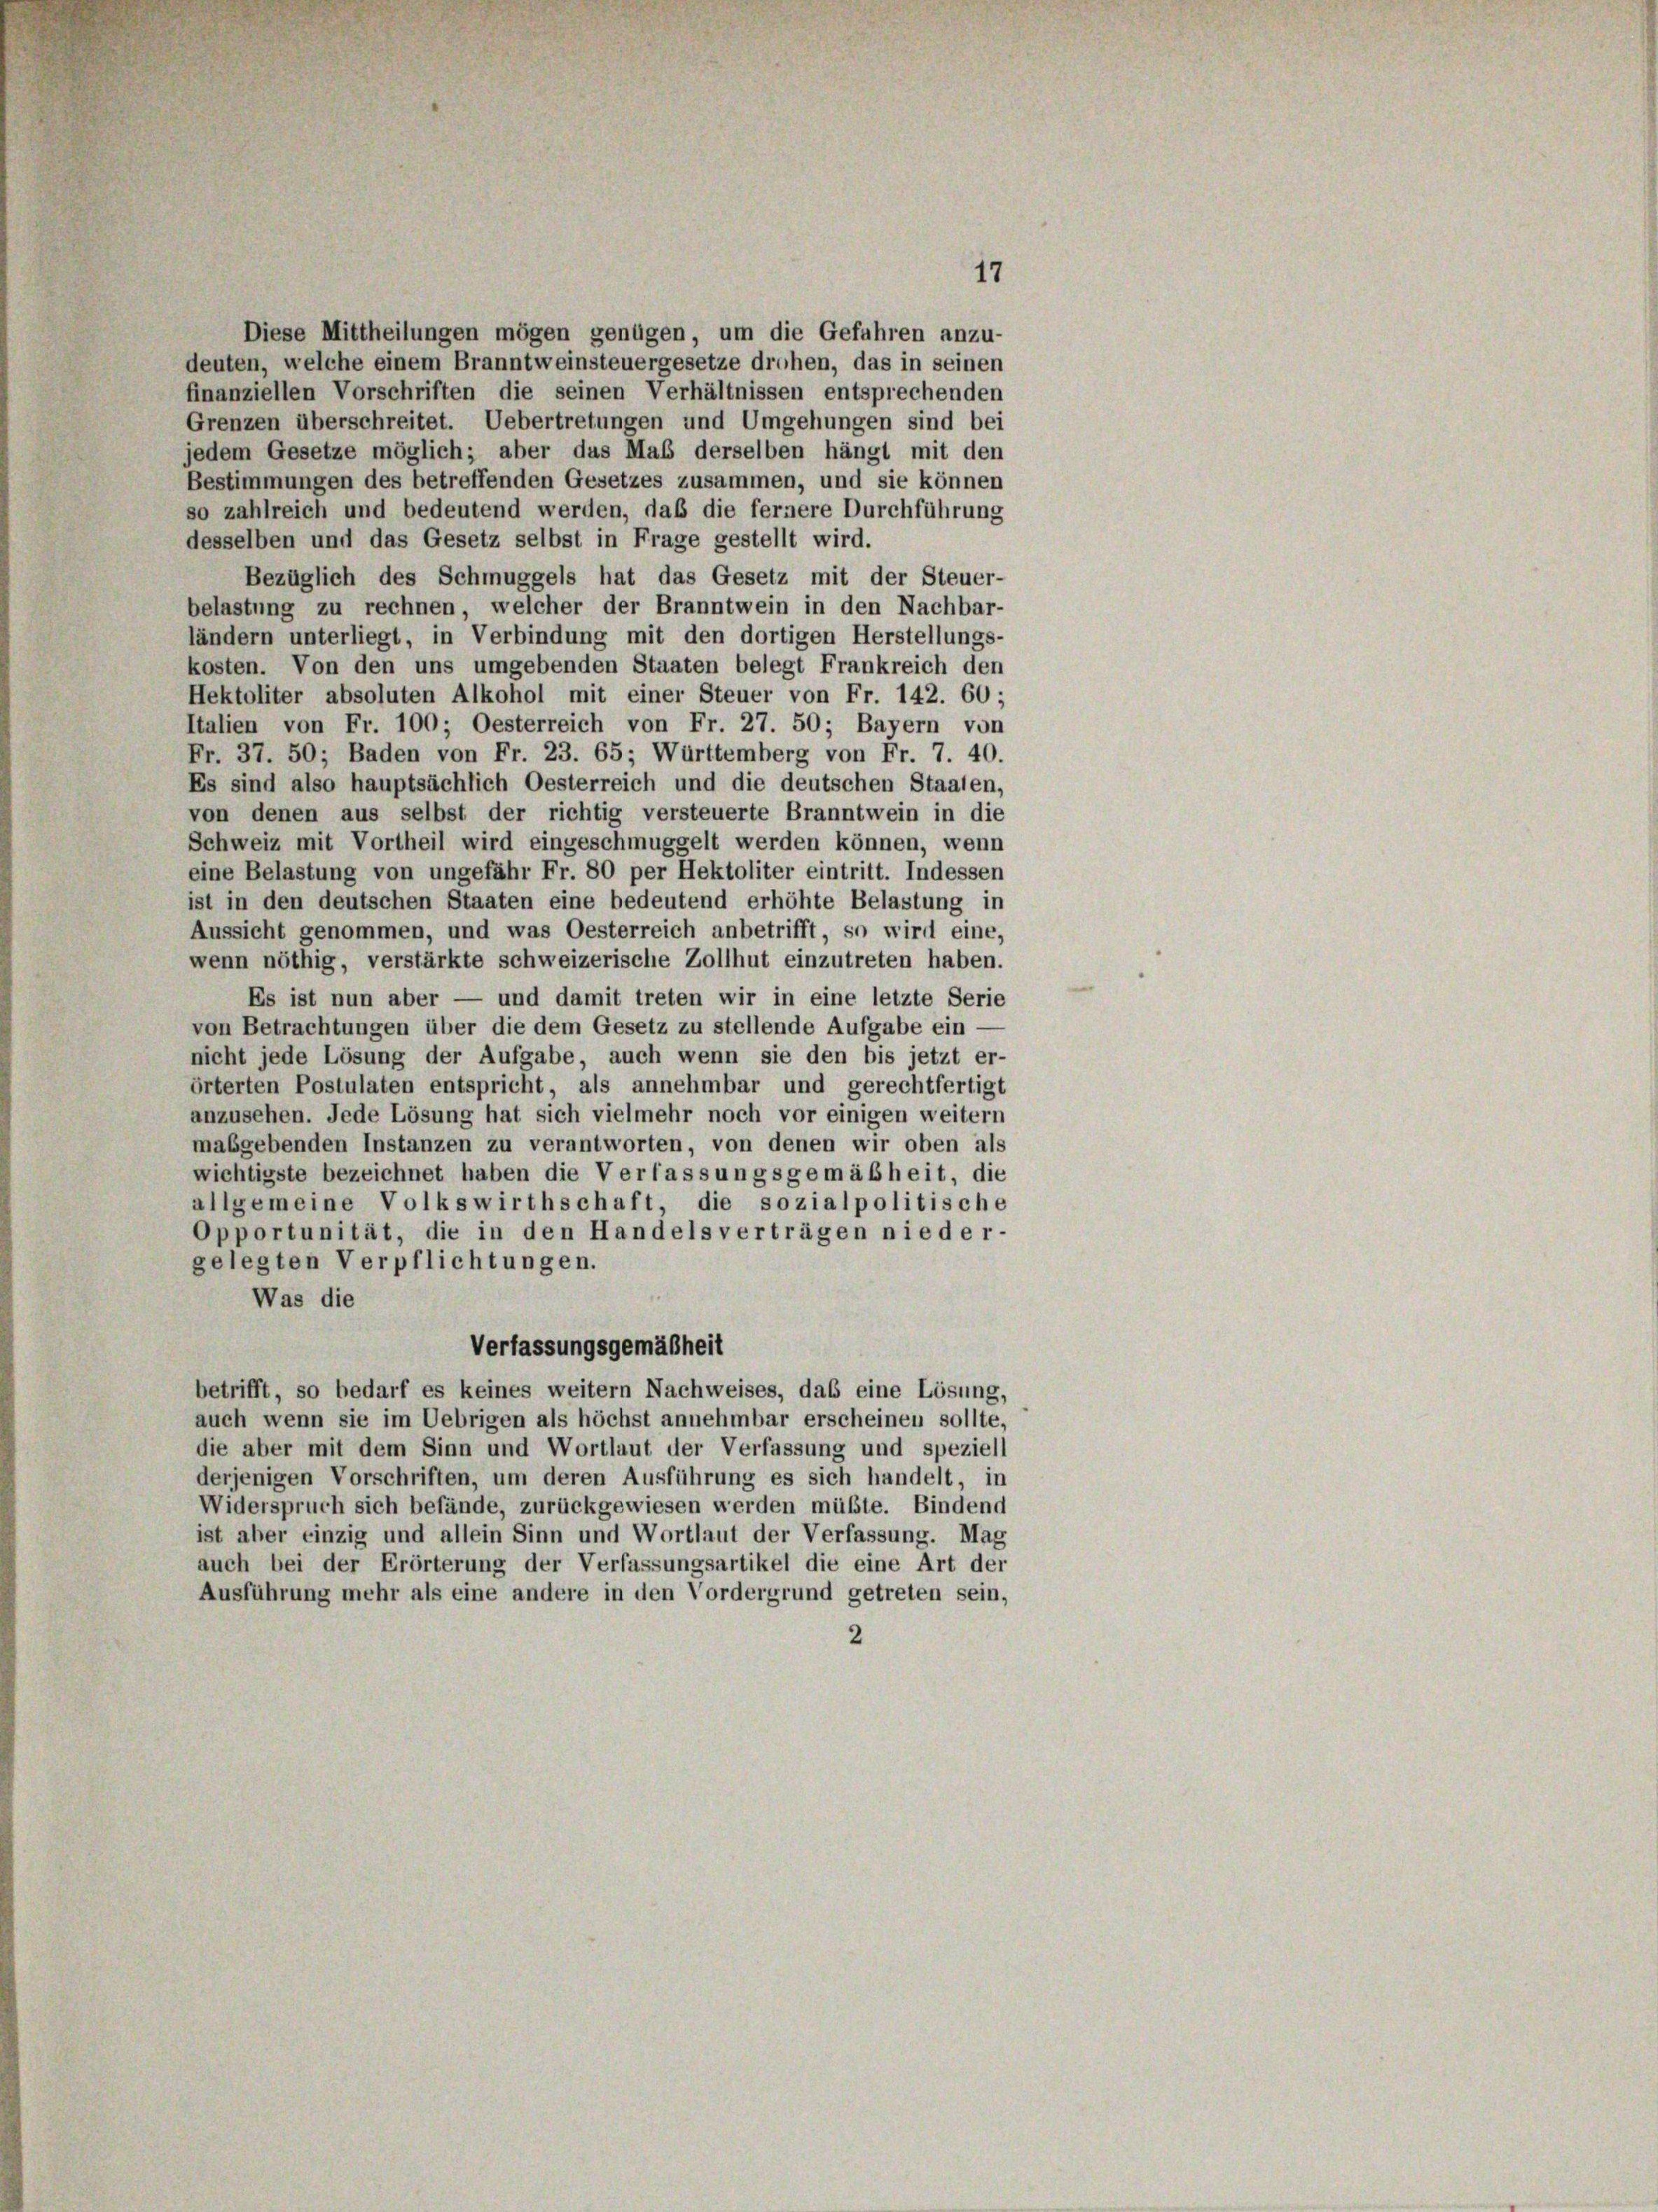
17

Diese Mittheilungen mögen genügen, um die Gefahren anzu-
deuten, welche einem Branntweinsteuergesetze drohen, das in seinen
finanziellen Vorschriften die seinen Verhältnissen entsprechenden
Grenzen überschreitet. Uebertretungen und Umgehungen sind bei
jedem Gesetze möglich; aber das Maß derselben hängt mit den
Bestimmungen des betreffenden Gesetzes zusammen, und sie können
so zahlreich und bedeutend werden, daß die fernere Durchführung
desselben und das Gesetz selbst in Frage gestellt wird.
Bezüglich des Schmuggels hat das Gesetz mit der Steuer-
belastung zu rechnen, welcher der Branntwein in den Nachbar-
ländern unterliegt, in Verbindung mit den dortigen Herstellungs-
kosten. Von den uns umgebenden Staaten belegt Frankreich den
Hektoliter absoluten Alkohol mit einer Steuer von Fr. 142. 60;
Italien von Fr. 100; Oesterreich von Fr. 27. 50; Bayern von
Fr. 37. 50; Baden von Fr. 23. 65; Württemberg von Fr. 7. 40.
Es sind also hauptsächlich Oesterreich und die deutschen Staaten,
von denen aus selbst der richtig versteuerte Branntwein in die
Schweiz mit Vortheil wird eingeschmuggelt werden können, wenn
eine Belastung von ungefähr Fr. 80 per Hektoliter eintritt. Indessen
ist in den deutschen Staaten eine bedeutend erhöhte Belastung in
Aussicht genommen, und was Oesterreich anbetrifft, so wird eine,
wenn nöthig, verstärkte schweizerische Zollhut einzutreten haben.
Es ist nun aber — und damit treten wir in eine letzte Serie
von Betrachtungen über die dem Gesetz zu stellende Aufgabe ein -
nicht jede Lösung der Aufgabe, auch wenn sie den bis jetzt er-
örterten Postulaten entspricht, als annehmbar und gerechtfertigt
anzusehen. Jede Lösung hat sich vielmehr noch vor einigen weitern
mabgebenden Instanzen zu verantworten, von denen wir oben als
wichtigste bezeichnet haben die Verfassungsgemäßheit, die
allgemeine Volkswirthschaft, die sozialpolitische
Opportunität, die in den Handelsverträgen nieder-
gelegten Verpflichtungen.
Was die
Verfassungsgemäßheit
betrifft, so bedarf es keines weitern Nachweises, das eine Lösung,
auch wenn sie im Uebrigen als höchst annehmbar erscheinen sollte,
die aber mit dem Sinn und Wortlaut der Verfassung und speziell
derjenigen Vorschriften, um deren Ausführung es sich handelt, in
Widerspruch sich befände, zurückgewiesen werden müßte. Bindend
ist aber einzig und allein Sinn und Wortlaut der Verfassung. Mag
auch bei der Erörterung der Verfassungsartikel die eine Art der
Ausführung mehr als eine andere in den Vordergrund getreten sein,
2